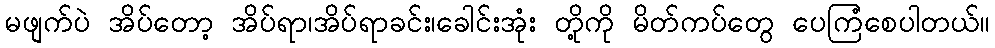
မဖျက်ပဲ အိပ်တော့ အိပ်ရာ၊အိပ်ရာခင်း၊ခေါင်းအုံး တို့ကို မိတ်ကပ်တွေ ပေကြံစေပါတယ်။